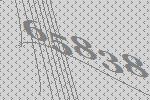
65838